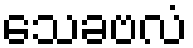
သေခဗလံ